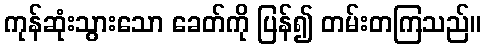
ကုန်ဆုံးသွားသော ခေတ်ကို ပြန်၍ တမ်းတကြသည်။